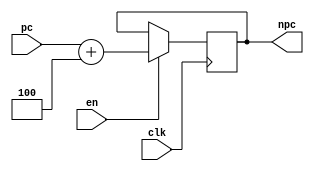
`timescale 1ns / 1ps
//////////////////////////////////////////////////////////////////////////////////
// Company: 
// Engineer: 
// 
// Design Name: 
// Module Name: NPC
// Project Name: 
// Target Devices: 
// Tool Versions: 
// Description: 
// 
// Dependencies: 
// 
// Revision:
// Revision 0.01 - File Created
// Additional Comments:
// 
//////////////////////////////////////////////////////////////////////////////////


module NPC(
    input           clk,
    input           en,
    input   [31:0]  pc,
    output  reg  [31:0]  npc
    );
initial npc = 32'h0040_0004;

always@(posedge clk)
begin
    if(en) begin
        npc <= pc + 32'd4;
    end else begin
        npc <= npc;
    end
end
    
endmodule